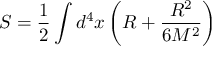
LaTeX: S = { \frac { 1 } { 2 } } \int d ^ { 4 } x \left( R + { \frac { R ^ { 2 } } { 6 M ^ { 2 } } } \right)